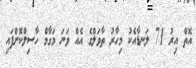
އޮތް އިރު 71 ލަނޑާއެކު މިހާރު ތާވަލްގެ އެއް ވަނަ މަގާމް ހާސިލްކޮށްފައި